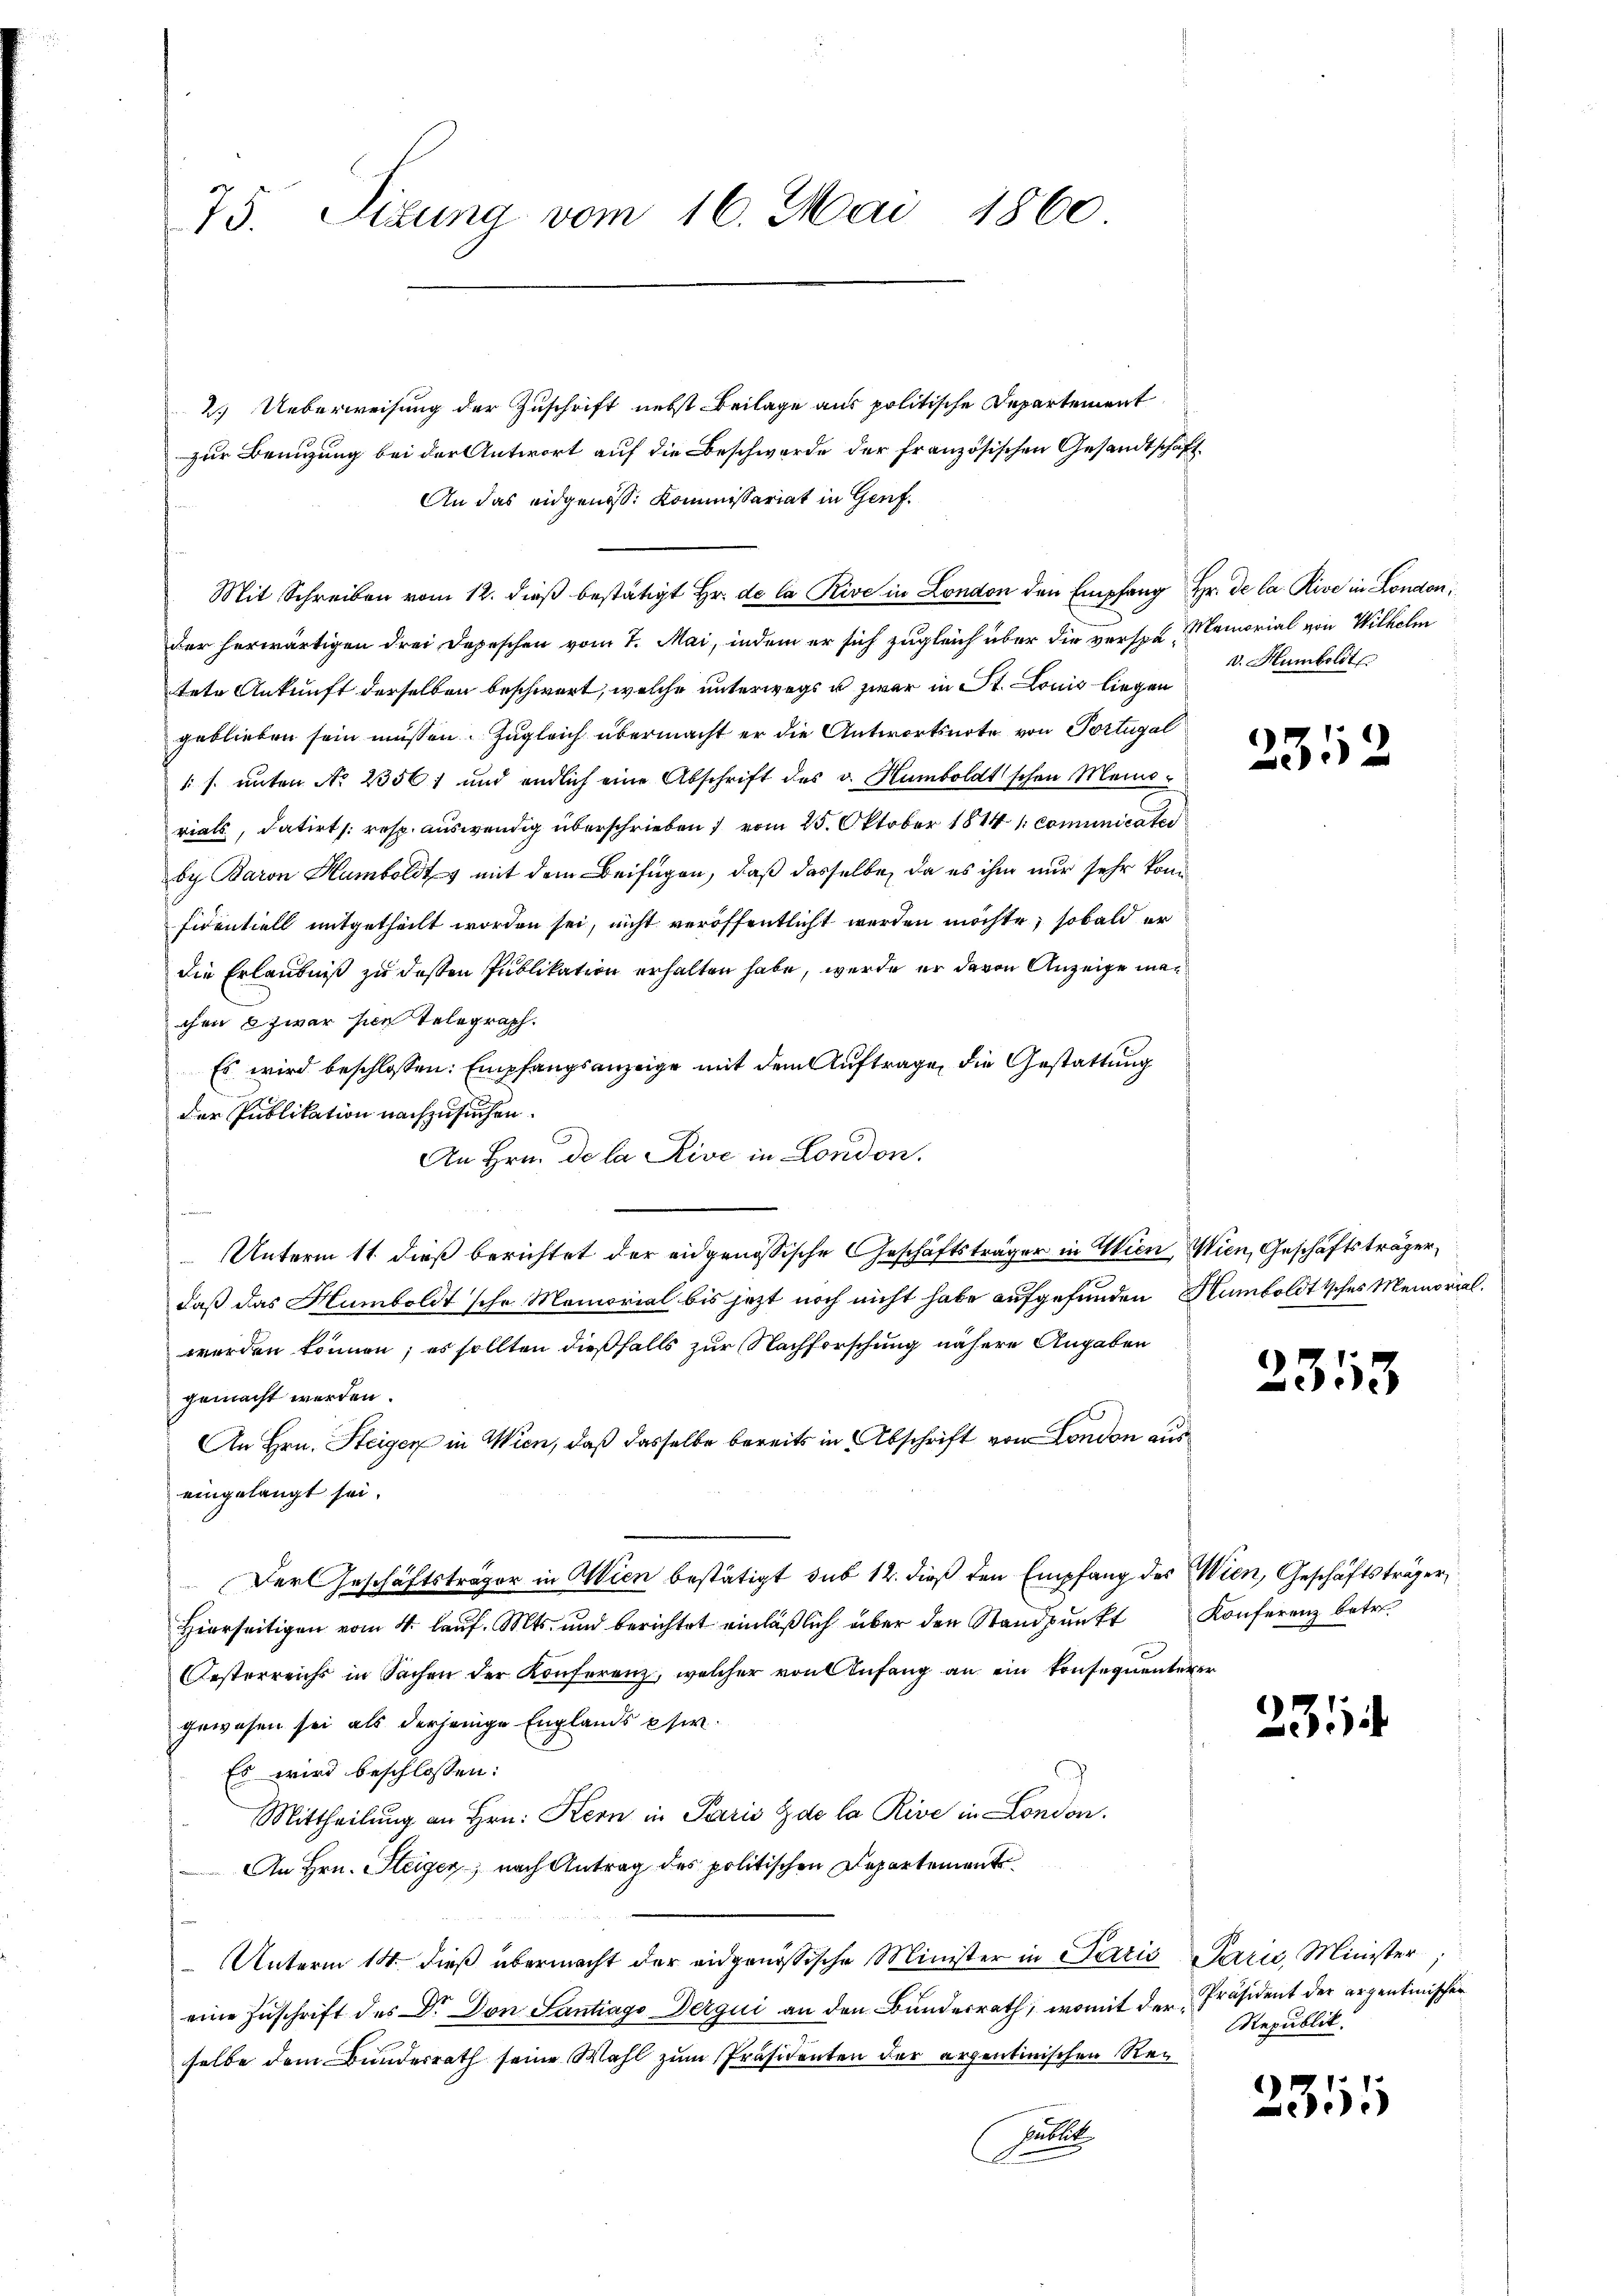
75. Sizung vom 16. Mai 1860

2. Ueberweisung der Zuschrift nebst Beilage aus politische Departement
zur Benuzung bei der Antwort auf die Beschwerde der französischen Gesandtschaft
An das eidgenöss. Kommissariat in Genf.
Mit Schreiben vom 12. dieß bestätigt Hr. de la Rive in London den Empfang Hr. De la Rive in London,
der herwärtigen drei Depeschen vom 7. Mai, indem er sich zugleich über die verspan Memorial von Wilhelm
tete Ankunft derselben beschwert, welche unterwegs u zwar in St. Louis liegen
geblieben sein müssen. Zugleich übermacht er die Antwortsnote von Portugal
1 s. unter No 23561 und endlich eine Abschrift des v. Humboldt schon Meine
rials, datirt /: resp. auswendig überschrieben vom 25. Oktober 1844 1. comunicater
by Baron Humboldt mit dem Beifügen, daß dasselbe, da es ihm nur sehr kom
fidentiell mitgetheilt worden sei, nicht veröffentlicht werden möchte, sobald er
die Erlaubniß zu deßen Publikation erhalten habe, werde er davon Anzeige machen & zwar sie telegraph.
Es wird beschlossen: Empfangsanzeige mit dem Auftrage, die Gestattung
der Publikation nachzusuchen.
An Hrn. De la Rive in London.

e
Unterm 11. dieß berichtet der eidgenössische Geschäftsträger in Wien Wien, Geschäftsträger,
daß das Humboldt sche Memorial bis jetzt noch nicht habe aufgefunden Humboldtisches Memorial.
werden können; es sollten dießfalls zur Nachforschung nähere Angaben
gemacht werden.
An Hrn. Steigen in Wien, daß dasselbe bereits in Abschrift von London aus
eingelangt sei.
Der Geschäftsträger in Wien bestätigt sub 12. dieß den Empfang des Wien, Geschäftsträger
Hierseitigen vom 4. lauf. Mts. und berichtet einläßlich über den Standpunkt Konferenz betr.
Oesterreicht in Sachen der Konferenz, welcher von Anfang an ein konsequenterer
gewesen sei als derjenige Englands per¬
Es wird beschlossen:
Mittheilung an Hrn. Kern in Paris de la Rive in London.
An Hrn. Steiger nach Antrag des politischen Departement
Unterm 14. dieß übermacht der eidgenössische Minister in Paris Parić, Minister,
eine Zuschrift des Dr. Don Santiago Derqui an den Bundesrath, womit der Präsident der argentinischen
selbe dem Bundesrath seine Wahl zum Präsidenten der arzentinischen Rei
Hitle

v. Humboldt

2352

2313

231

2351

Republik.